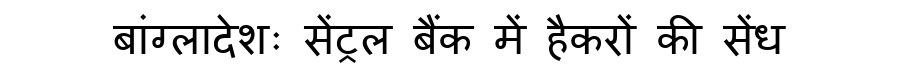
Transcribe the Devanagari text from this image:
बांग्लादेशः सेंट्रल बैंक में हैकरों की सेंध